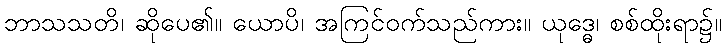
ဘာသသတိ၊ ဆိုပေ၏။ ယောပိ၊ အကြင်ဝက်သည်ကား။ ယုဒ္ဓေ၊ စစ်ထိုးရာ၌။